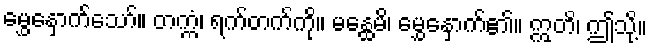
မွှေနှောက်သော်။ တက္ကံ၊ ရက်တက်ကို။ မန္ထေမိ၊ မွှေနှောက်၏။ ဣတိ၊ ဤသို့။